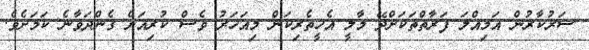
ސަރުކާރުން އަމިއްލަ ފަރާތްތަކަށްދޭ މާލީ އެހީތެރިކަން މިއަހަރު ވެސް ކުރިއަށް ގެންދަވާނެ ކަމަށެވެ.